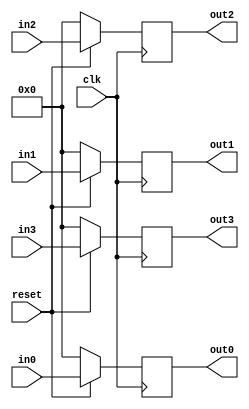
// Belinda Brown Ramrez
// Mayo, 2020
// timna.brown@ucr.ac.cr

//            FLIP FlOP 4 inputs and 4 outputs
// Its for 8 bits plus valid
`ifndef FF4IN40
`define FF4IN40

  module ff4in4o(
      input wire clk,
      input wire reset,
      // Inputs, are 4
      input wire [7:0] in0,
      input wire [7:0] in1,
      input wire [7:0] in2,
      input wire [7:0] in3,
      // Outputs, are 4
      output reg [7:0] out0,
      output reg [7:0] out1,
      output reg [7:0] out2,
      output reg [7:0] out3
  );
  // Each positive edge of the clock make these changes
  always @(posedge clk)
  //If this happens on a positive edge of the clock, make the following changes for the next clock edge
  begin
    // Reset synchronous
    if (reset == 0) // If reset in LOW nonblobking assing zero
    begin
      out0 <= 0;
      out1 <= 0;
      out2 <= 0;
      out3 <= 0;
    end // end if
    else begin // reset  == 1
      out0 <= in0;
      out1 <= in1;
      out2 <= in2;
      out3 <= in3;
    end // end else
  end // end always posedge clk

endmodule



  // Local Variables:
  // verilog-library-directories:("."):
  // End:
  `endif